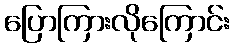
ပြောကြားလိုကြောင်း